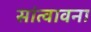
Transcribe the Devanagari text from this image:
सांत्वावना